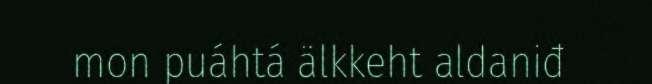
mon puáhtá älkkeht aldaniđ